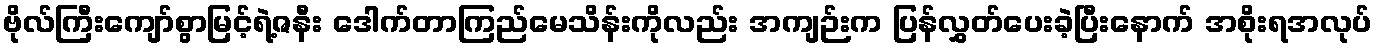
ဗိုလ်ကြီးကျော်စွာမြင့်ရဲ့ဇနီး ဒေါက်တာကြည်မေသိန်းကိုလည်း အကျဉ်းက ပြန်လွှတ်ပေးခဲ့ပြီးနောက် အစိုးရအလုပ်